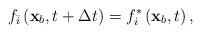
LaTeX: \begin{align*}{f_{\bar i}}\left( {{{\bf{x}}_b},t + \Delta t} \right) = f_i^*\left( {{{\bf{x}}_b},t} \right),\end{align*}